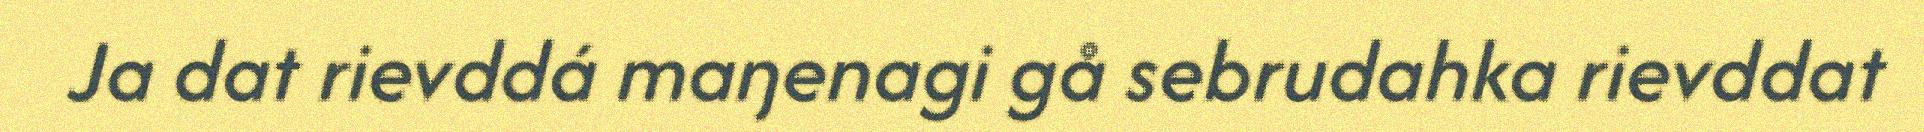
Ja dat rievddá maŋenagi gå sebrudahka rievddat